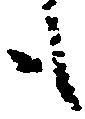
も